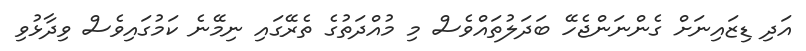
އަދި ޑިޒައިނަށް ގެންނަންޖެހޭ ބަދަލުތައްވެސް މި މުއްދަތުގެ ތެރޭގައި ނިމޭނެ ކަމުގައިވެސް ވިދާޅުވި